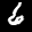
Label: 6